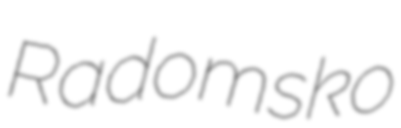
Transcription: Radomsko